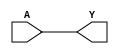
// BSD 3-Clause License
// 
// Copyright 2020 Lawrence T. Clark, Vinay Vashishtha, or Arizona State
// University
// 
// Redistribution and use in source and binary forms, with or without
// modification, are permitted provided that the following conditions are met:
// 
// 1. Redistributions of source code must retain the above copyright notice,
// this list of conditions and the following disclaimer.
// 
// 2. Redistributions in binary form must reproduce the above copyright
// notice, this list of conditions and the following disclaimer in the
// documentation and/or other materials provided with the distribution.
// 
// 3. Neither the name of the copyright holder nor the names of its
// contributors may be used to endorse or promote products derived from this
// software without specific prior written permission.
// 
// THIS SOFTWARE IS PROVIDED BY THE COPYRIGHT HOLDERS AND CONTRIBUTORS "AS IS"
// AND ANY EXPRESS OR IMPLIED WARRANTIES, INCLUDING, BUT NOT LIMITED TO, THE
// IMPLIED WARRANTIES OF MERCHANTABILITY AND FITNESS FOR A PARTICULAR PURPOSE
// ARE DISCLAIMED. IN NO EVENT SHALL THE COPYRIGHT HOLDER OR CONTRIBUTORS BE
// LIABLE FOR ANY DIRECT, INDIRECT, INCIDENTAL, SPECIAL, EXEMPLARY, OR
// CONSEQUENTIAL DAMAGES (INCLUDING, BUT NOT LIMITED TO, PROCUREMENT OF
// SUBSTITUTE GOODS OR SERVICES; LOSS OF USE, DATA, OR PROFITS; OR BUSINESS
// INTERRUPTION) HOWEVER CAUSED AND ON ANY THEORY OF LIABILITY, WHETHER IN
// CONTRACT, STRICT LIABILITY, OR TORT (INCLUDING NEGLIGENCE OR OTHERWISE)
// ARISING IN ANY WAY OUT OF THE USE OF THIS SOFTWARE, EVEN IF ADVISED OF THE
// POSSIBILITY OF SUCH DAMAGE.

// Verilog for library /home/ltclark/ASAP7/LIB2/Liberate_2/Verilog/asap7sc7p5t_INVBUF_RVT_TT_201020 created by Liberate 18.1.0.293 on Mon Dec  7 13:57:05 MST 2020 for SDF version 2.1

// type:  
`timescale 1ns/10ps
`celldefine
module BUFx10_ASAP7_75t_R (Y, A);
	output Y;
	input A;

	// Function
	buf (Y, A);

	// Timing
	specify
		(A => Y) = 0;
	endspecify
endmodule
`endcelldefine

// type:  
`timescale 1ns/10ps
`celldefine
module BUFx12_ASAP7_75t_R (Y, A);
	output Y;
	input A;

	// Function
	buf (Y, A);

	// Timing
	specify
		(A => Y) = 0;
	endspecify
endmodule
`endcelldefine

// type:  
`timescale 1ns/10ps
`celldefine
module BUFx12f_ASAP7_75t_R (Y, A);
	output Y;
	input A;

	// Function
	buf (Y, A);

	// Timing
	specify
		(A => Y) = 0;
	endspecify
endmodule
`endcelldefine

// type:  
`timescale 1ns/10ps
`celldefine
module BUFx16f_ASAP7_75t_R (Y, A);
	output Y;
	input A;

	// Function
	buf (Y, A);

	// Timing
	specify
		(A => Y) = 0;
	endspecify
endmodule
`endcelldefine

// type:  
`timescale 1ns/10ps
`celldefine
module BUFx24_ASAP7_75t_R (Y, A);
	output Y;
	input A;

	// Function
	buf (Y, A);

	// Timing
	specify
		(A => Y) = 0;
	endspecify
endmodule
`endcelldefine

// type:  
`timescale 1ns/10ps
`celldefine
module BUFx2_ASAP7_75t_R (Y, A);
	output Y;
	input A;

	// Function
	buf (Y, A);

	// Timing
	specify
		(A => Y) = 0;
	endspecify
endmodule
`endcelldefine

// type:  
`timescale 1ns/10ps
`celldefine
module BUFx3_ASAP7_75t_R (Y, A);
	output Y;
	input A;

	// Function
	buf (Y, A);

	// Timing
	specify
		(A => Y) = 0;
	endspecify
endmodule
`endcelldefine

// type:  
`timescale 1ns/10ps
`celldefine
module BUFx4_ASAP7_75t_R (Y, A);
	output Y;
	input A;

	// Function
	buf (Y, A);

	// Timing
	specify
		(A => Y) = 0;
	endspecify
endmodule
`endcelldefine

// type:  
`timescale 1ns/10ps
`celldefine
module BUFx4f_ASAP7_75t_R (Y, A);
	output Y;
	input A;

	// Function
	buf (Y, A);

	// Timing
	specify
		(A => Y) = 0;
	endspecify
endmodule
`endcelldefine

// type:  
`timescale 1ns/10ps
`celldefine
module BUFx5_ASAP7_75t_R (Y, A);
	output Y;
	input A;

	// Function
	buf (Y, A);

	// Timing
	specify
		(A => Y) = 0;
	endspecify
endmodule
`endcelldefine

// type:  
`timescale 1ns/10ps
`celldefine
module BUFx6f_ASAP7_75t_R (Y, A);
	output Y;
	input A;

	// Function
	buf (Y, A);

	// Timing
	specify
		(A => Y) = 0;
	endspecify
endmodule
`endcelldefine

// type:  
`timescale 1ns/10ps
`celldefine
module BUFx8_ASAP7_75t_R (Y, A);
	output Y;
	input A;

	// Function
	buf (Y, A);

	// Timing
	specify
		(A => Y) = 0;
	endspecify
endmodule
`endcelldefine

// type:  
`timescale 1ns/10ps
`celldefine
module CKINVDCx10_ASAP7_75t_R (Y, A);
	output Y;
	input A;

	// Function
	not (Y, A);

	// Timing
	specify
		(A => Y) = 0;
	endspecify
endmodule
`endcelldefine

// type:  
`timescale 1ns/10ps
`celldefine
module CKINVDCx11_ASAP7_75t_R (Y, A);
	output Y;
	input A;

	// Function
	not (Y, A);

	// Timing
	specify
		(A => Y) = 0;
	endspecify
endmodule
`endcelldefine

// type:  
`timescale 1ns/10ps
`celldefine
module CKINVDCx12_ASAP7_75t_R (Y, A);
	output Y;
	input A;

	// Function
	not (Y, A);

	// Timing
	specify
		(A => Y) = 0;
	endspecify
endmodule
`endcelldefine

// type:  
`timescale 1ns/10ps
`celldefine
module CKINVDCx14_ASAP7_75t_R (Y, A);
	output Y;
	input A;

	// Function
	not (Y, A);

	// Timing
	specify
		(A => Y) = 0;
	endspecify
endmodule
`endcelldefine

// type:  
`timescale 1ns/10ps
`celldefine
module CKINVDCx16_ASAP7_75t_R (Y, A);
	output Y;
	input A;

	// Function
	not (Y, A);

	// Timing
	specify
		(A => Y) = 0;
	endspecify
endmodule
`endcelldefine

// type:  
`timescale 1ns/10ps
`celldefine
module CKINVDCx20_ASAP7_75t_R (Y, A);
	output Y;
	input A;

	// Function
	not (Y, A);

	// Timing
	specify
		(A => Y) = 0;
	endspecify
endmodule
`endcelldefine

// type:  
`timescale 1ns/10ps
`celldefine
module CKINVDCx5p33_ASAP7_75t_R (Y, A);
	output Y;
	input A;

	// Function
	not (Y, A);

	// Timing
	specify
		(A => Y) = 0;
	endspecify
endmodule
`endcelldefine

// type:  
`timescale 1ns/10ps
`celldefine
module CKINVDCx6p67_ASAP7_75t_R (Y, A);
	output Y;
	input A;

	// Function
	not (Y, A);

	// Timing
	specify
		(A => Y) = 0;
	endspecify
endmodule
`endcelldefine

// type:  
`timescale 1ns/10ps
`celldefine
module CKINVDCx8_ASAP7_75t_R (Y, A);
	output Y;
	input A;

	// Function
	not (Y, A);

	// Timing
	specify
		(A => Y) = 0;
	endspecify
endmodule
`endcelldefine

// type:  
`timescale 1ns/10ps
`celldefine
module CKINVDCx9p33_ASAP7_75t_R (Y, A);
	output Y;
	input A;

	// Function
	not (Y, A);

	// Timing
	specify
		(A => Y) = 0;
	endspecify
endmodule
`endcelldefine

// type:  
`timescale 1ns/10ps
`celldefine
module HB1xp67_ASAP7_75t_R (Y, A);
	output Y;
	input A;

	// Function
	buf (Y, A);

	// Timing
	specify
		(A => Y) = 0;
	endspecify
endmodule
`endcelldefine

// type:  
`timescale 1ns/10ps
`celldefine
module HB2xp67_ASAP7_75t_R (Y, A);
	output Y;
	input A;

	// Function
	buf (Y, A);

	// Timing
	specify
		(A => Y) = 0;
	endspecify
endmodule
`endcelldefine

// type:  
`timescale 1ns/10ps
`celldefine
module HB3xp67_ASAP7_75t_R (Y, A);
	output Y;
	input A;

	// Function
	buf (Y, A);

	// Timing
	specify
		(A => Y) = 0;
	endspecify
endmodule
`endcelldefine

// type:  
`timescale 1ns/10ps
`celldefine
module HB4xp67_ASAP7_75t_R (Y, A);
	output Y;
	input A;

	// Function
	buf (Y, A);

	// Timing
	specify
		(A => Y) = 0;
	endspecify
endmodule
`endcelldefine

// type:  
`timescale 1ns/10ps
`celldefine
module INVx11_ASAP7_75t_R (Y, A);
	output Y;
	input A;

	// Function
	not (Y, A);

	// Timing
	specify
		(A => Y) = 0;
	endspecify
endmodule
`endcelldefine

// type:  
`timescale 1ns/10ps
`celldefine
module INVx13_ASAP7_75t_R (Y, A);
	output Y;
	input A;

	// Function
	not (Y, A);

	// Timing
	specify
		(A => Y) = 0;
	endspecify
endmodule
`endcelldefine

// type:  
`timescale 1ns/10ps
`celldefine
module INVx1_ASAP7_75t_R (Y, A);
	output Y;
	input A;

	// Function
	not (Y, A);

	// Timing
	specify
		(A => Y) = 0;
	endspecify
endmodule
`endcelldefine

// type:  
`timescale 1ns/10ps
`celldefine
module INVx2_ASAP7_75t_R (Y, A);
	output Y;
	input A;

	// Function
	not (Y, A);

	// Timing
	specify
		(A => Y) = 0;
	endspecify
endmodule
`endcelldefine

// type:  
`timescale 1ns/10ps
`celldefine
module INVx3_ASAP7_75t_R (Y, A);
	output Y;
	input A;

	// Function
	not (Y, A);

	// Timing
	specify
		(A => Y) = 0;
	endspecify
endmodule
`endcelldefine

// type:  
`timescale 1ns/10ps
`celldefine
module INVx4_ASAP7_75t_R (Y, A);
	output Y;
	input A;

	// Function
	not (Y, A);

	// Timing
	specify
		(A => Y) = 0;
	endspecify
endmodule
`endcelldefine

// type:  
`timescale 1ns/10ps
`celldefine
module INVx5_ASAP7_75t_R (Y, A);
	output Y;
	input A;

	// Function
	not (Y, A);

	// Timing
	specify
		(A => Y) = 0;
	endspecify
endmodule
`endcelldefine

// type:  
`timescale 1ns/10ps
`celldefine
module INVx6_ASAP7_75t_R (Y, A);
	output Y;
	input A;

	// Function
	not (Y, A);

	// Timing
	specify
		(A => Y) = 0;
	endspecify
endmodule
`endcelldefine

// type:  
`timescale 1ns/10ps
`celldefine
module INVx8_ASAP7_75t_R (Y, A);
	output Y;
	input A;

	// Function
	not (Y, A);

	// Timing
	specify
		(A => Y) = 0;
	endspecify
endmodule
`endcelldefine

// type:  
`timescale 1ns/10ps
`celldefine
module INVxp33_ASAP7_75t_R (Y, A);
	output Y;
	input A;

	// Function
	not (Y, A);

	// Timing
	specify
		(A => Y) = 0;
	endspecify
endmodule
`endcelldefine

// type:  
`timescale 1ns/10ps
`celldefine
module INVxp67_ASAP7_75t_R (Y, A);
	output Y;
	input A;

	// Function
	not (Y, A);

	// Timing
	specify
		(A => Y) = 0;
	endspecify
endmodule
`endcelldefine